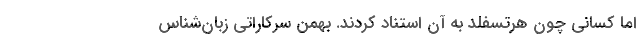
اما کسانی چون هرتسفلد به آن استناد کردند. بهمن سرکاراتی زبان‌شناس